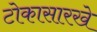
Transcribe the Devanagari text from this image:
टोकासारखे